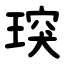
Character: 㻠